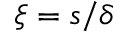
\xi = s / \delta